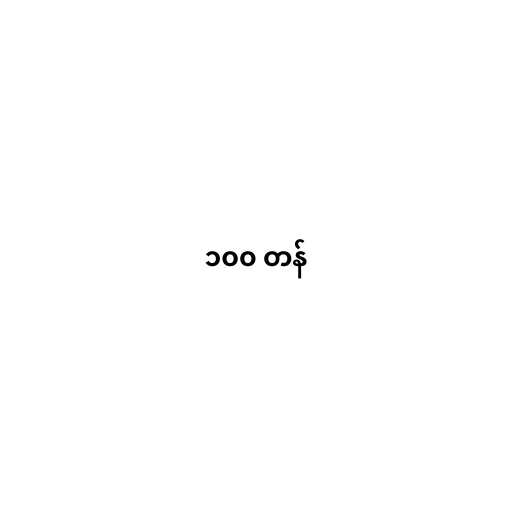
၁၀၀ တန်